Code of medical and sanitary regulations for the guidance of medical officers serving in the Madras Presidency - Volume I
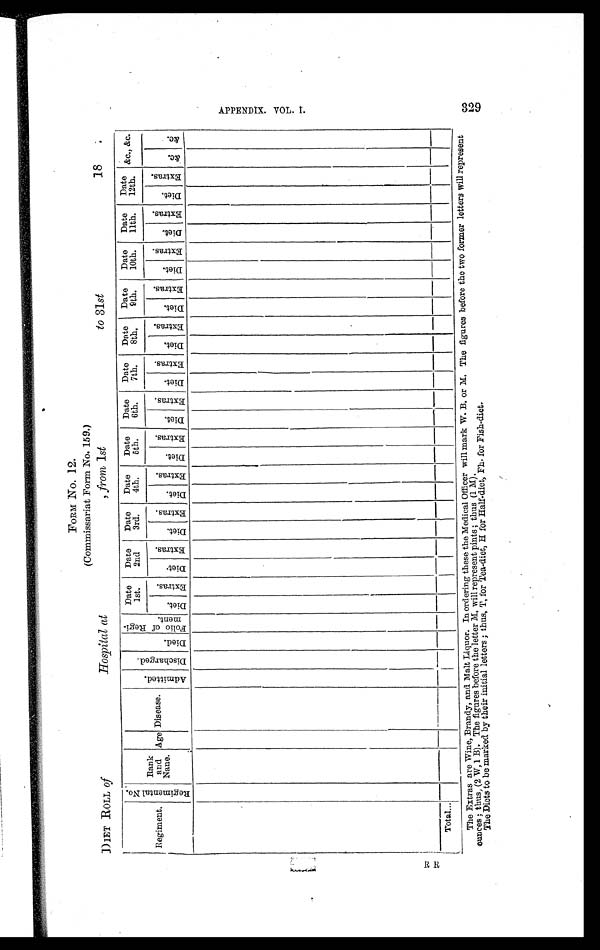
FORM No. 12.
(Commissariat Form No. 159.)
DIET ROLL of Hospital at , from 1 st
to 31 st
18 .
Regiment.
R e g i m e n t a l N o .
Rank
and
Nane.
Age Disease.
A d m i t t e d . D i s c h a r g e d . D i e d . F o l i o o f R e g i -
ment .
Date
1st.
Date
2nd
Date
3rd.
Date
4th.
Date
5th.
Date
6th.
Date
7th.
_
Date
8th.
Date
9th.
Date
10th.
Date
11th.
Date
12th. &c., &c.
D i e t .
E x t r a s .
D i e t .
E x t r a s .
D i e t .
E x t r a s .
D i e t .
E x t r a s .
D i e t .
E x t r a s .
D i e t .
E x t r a s .
D i e t .
E x t r a s .
D i e t .
E x t r a s .
D i e t .
E x t r a s .
D i e t .
E x t r a s .
D i e t .
E x t r a s .
D i e t .
E x t r a s .
& c .
& c .
Total...
The Extras are Wine, Brandy, and Malt Liquor. In ordering these the Medical Officer will mark W. B. or M. The figures before the two former letters will represent
ounces ; thus, (2 W,1 B). The figures before the letter M, will represent pints ; thus (1 M).
The Diets to be marked by their initial letters ; thus, T. for Tea-diet, H for Half-diet, Fh. for Fish-diet.
R R
A P P E N D I X . V O L . I .329